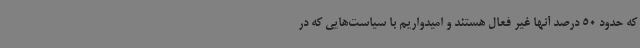
که حدود 50 درصد آنها غیر فعال هستند و امیدواریم با سیاست‌هایی که در